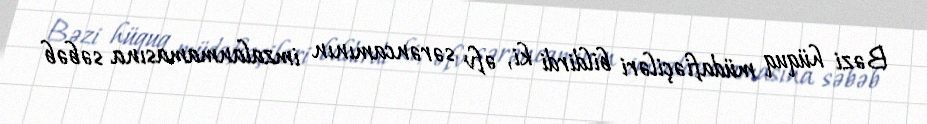
Bəzi hüquq müdafiəçiləri bildirdi ki, əfv sərəncamının imzalanmamasına səbəb